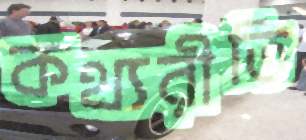
কথ্যরীতি